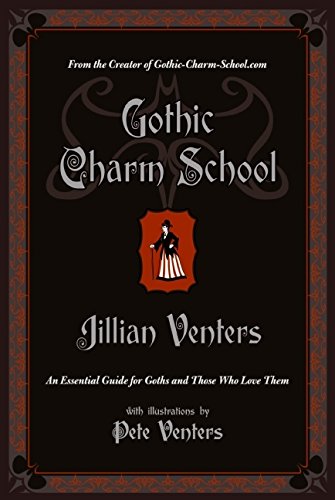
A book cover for Gothic Charm School: An Essential Guide for Goths and Those Who Love Them; Jillian Venters; Reference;